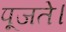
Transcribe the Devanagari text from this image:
पूजते।